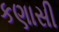
કણાસી